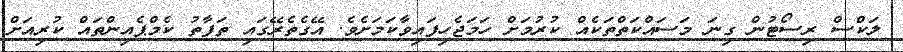
ލަކްސް ރިސޯޓުން ގިނަ މަސައްކަތްތަކެއް ކުރުމަށް ހަމަޖެހިފައިވާކަމަށެވެ. އޭގެތެރޭގައި ތަފާތު ކެމްޕެއިންތައް ކުރިއަށް